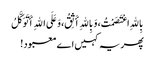
بِاللهِ اعْتَصَمْتُ، وَبِاللهِ أَثِقُ، وَعَلَی اللهِ أَتَوَکَّلُ
پھر یہ کہیں اے معبود!